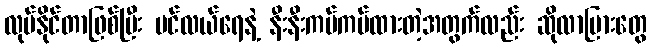
လုပ်နိုင်တာဖြစ်ပြီး ပင်လယ်ရေနဲ့ နီးနီးကပ်ကပ်ထားတဲ့အတွက်လည်း ဆိုလာပြားတွေ